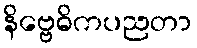
နိဗ္ဗေဓိကပညတာ